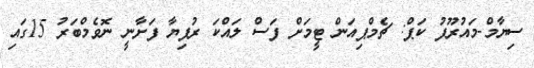
ސިޔާމް-މައުރޫފު ކަޕް: ޗެމްޕިއަން ޓީމަށް ފަސް ލައްކަ ރުފިޔާ ފަށާނީ ނޮވެމްބަރު 15ގައި